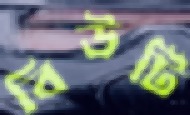
বিউটি